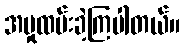
အမှုထမ်းခဲ့ကြပါတယ်။